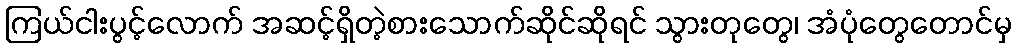
ကြယ်ငါးပွင့်လောက် အဆင့်ရှိတဲ့စားသောက်ဆိုင်ဆိုရင် သွားတုတွေ၊ အံပုံတွေတောင်မှ